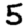
Digit: 5